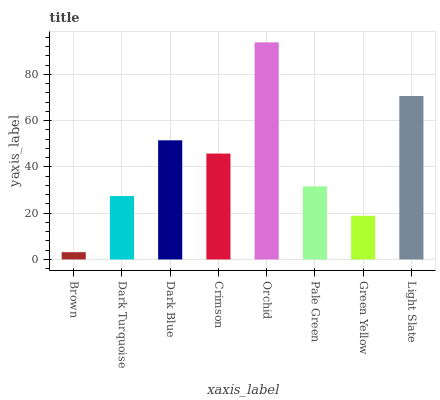
| xaxis_label | bars |
 | --- | --- |
 | Brown | 3.15 |
 | Dark Turquoise | 27.4 |
 | Dark Blue | 51.5 |
 | Crimson | 45.8 |
 | Orchid | 93.8 |
 | Pale Green | 31.6 |
 | Green Yellow | 18.9 |
 | Light Slate | 70.6 |